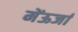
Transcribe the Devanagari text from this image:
मेंऊर्जा